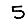
Digit: 5